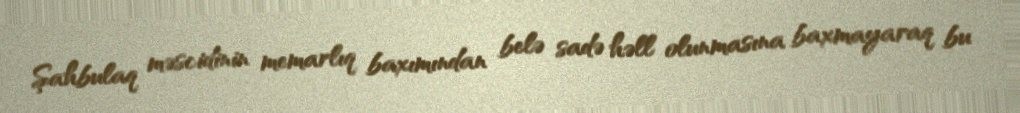
Şahbulaq məscidinin memarlıq baxımından belə sadə həll olunmasına baxmayaraq bu